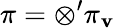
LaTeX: \pi=\otimes^{\prime}\pi_{\mathbf{v}}